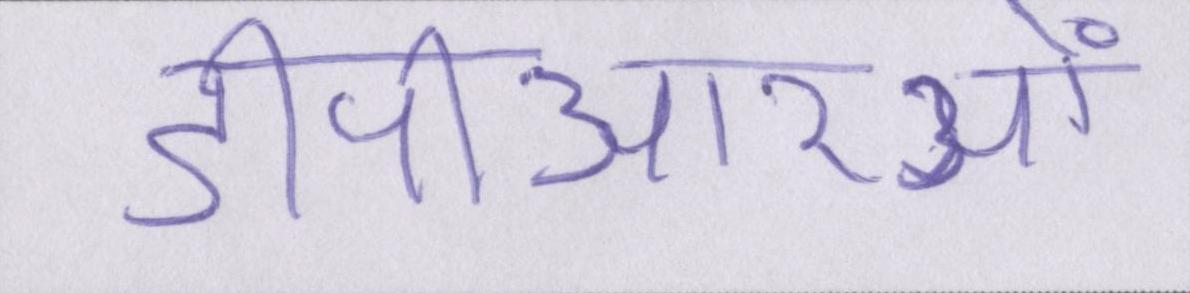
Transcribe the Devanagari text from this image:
डीपीआरओं